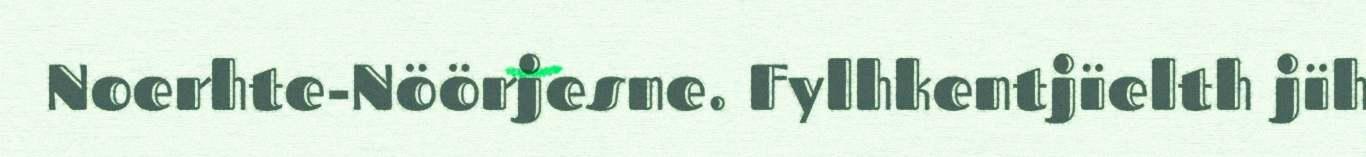
Noerhte-Nöörjesne. Fylhkentjïelth jïh